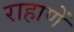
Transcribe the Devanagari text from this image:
राहाणें